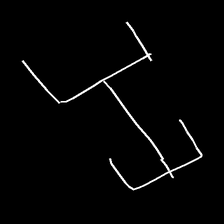
Glyph: entwine